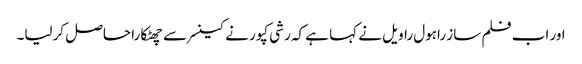
اور اب فلم ساز راہول راویل نے کہا ہے کہ رشی کپور نے کینسر سے چھٹکارا حاصل کرلیا۔